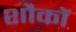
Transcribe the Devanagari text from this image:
शौकों